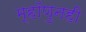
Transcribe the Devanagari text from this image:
म्हॉणुनही